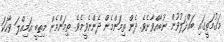
މަގުމަތީގައި ބައްދަލުވުން ނުބާއްވާށެވެ. ދެން ތިމަންމެން ދެންނެވީމެވެ. ތިމަންމެން މިތިބީ އަމިއްލަ ވާހަކަ